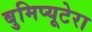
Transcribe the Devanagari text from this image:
बुमिप्यूटेरा